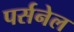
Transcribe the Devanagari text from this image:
पर्सनेल